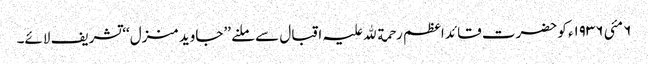
٦ مئی ١٩٣٦ء کو حضرت قائد اعظم رحمة ﷲ علیہ اقبال سے ملنے ’’جاوید منزل‘‘ تشریف لائے۔